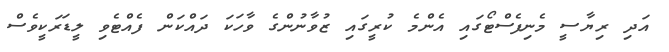
އަދި ރިޔާސީ މެނިފެސްޓޯގައި އެންމެ ކުރީގައި ޒުވާނުންގެ ވާހަކަ ދައްކަން ފެއްޓެވި ލީޑަރަކީވެސް